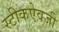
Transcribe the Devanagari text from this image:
स्टीकऐवजी